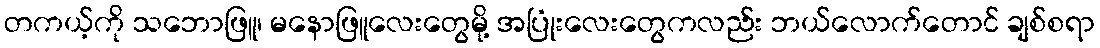
တကယ့်ကို သဘောဖြူ၊ မနောဖြူလေးတွေမို့ အပြုံးလေးတွေကလည်း ဘယ်လောက်တောင် ချစ်စရာ